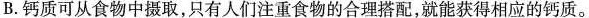
B.钙质可从食物中摄取，只有人们注重食物的合理搭配，就能获得相应的钙质。